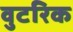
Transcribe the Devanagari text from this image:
वुटरिक